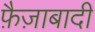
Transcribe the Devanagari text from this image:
फ़ैज़ाबादी